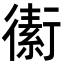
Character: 䘘